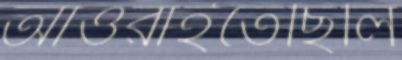
আওরাইতেছিলি